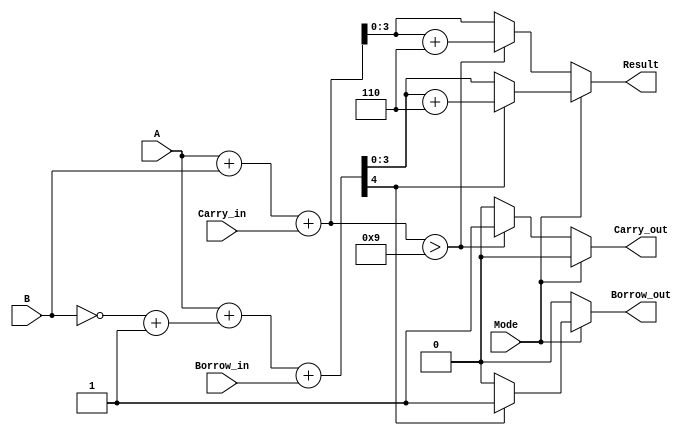
module BCD_Add_Subtracter (
    input  wire [3:0] A,          // First BCD digit
    input  wire [3:0] B,          // Second BCD digit
    input  wire Mode,             // Operation mode: 0 for addition, 1 for subtraction
    input  wire Carry_in,         // Carry input for addition
    input  wire Borrow_in,        // Borrow input for subtraction
    output reg  [3:0] Result,     // Resulting BCD digit
    output reg  Carry_out,        // Carry output for addition
    output reg  Borrow_out        // Borrow output for subtraction
);

    wire [4:0] sum;              // 5-bit sum for addition
    wire [4:0] sub;              // 5-bit result for subtraction
    wire [3:0] B_comp;           // Two's complement of B

    // Two's complement of B for subtraction
    assign B_comp = ~B + 4'b0001;

    // Perform addition
    assign sum = A + B + Carry_in;

    // Perform subtraction
    assign sub = A + B_comp + Borrow_in;

    always @(*) begin
        // Default outputs
        Result = 4'b0000;
        Carry_out = 1'b0;
        Borrow_out = 1'b0;

        if (Mode == 1'b0) begin // Addition
            if (sum > 4'b1001) begin
                Result = sum + 4'b0110; // BCD correction
                Carry_out = 1'b1;        // Set carry out
            end else begin
                Result = sum[3:0];       // No correction needed
                Carry_out = 1'b0;        // No carry out
            end
        end else begin // Subtraction
            if (sub[4] == 1'b1) begin // Check if the result is negative
                Result = sub + 4'b0110; // BCD correction
                Borrow_out = 1'b1;      // Set borrow out
            end else begin
                Result = sub[3:0];       // No correction needed
                Borrow_out = 1'b0;       // No borrow out
            end
        end
    end
endmodule